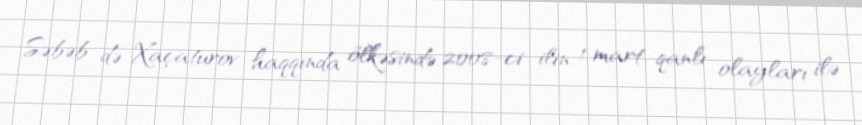
Səbəb də Xaçaturov haqqında ölkəsində 2008-ci ilin 1 mart qanlı olayları ilə